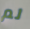
لم